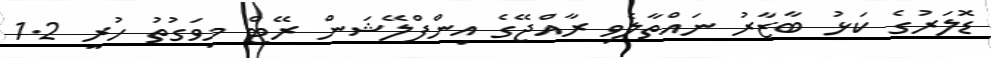
ޑޮލަރުގެ ކަޅު ބާޒާރު ނައްތާލެވި ރާއްޖޭގެ އިންފްލޭޝަން ރޭޓް މިވަގުތު ހުރީ 1.2